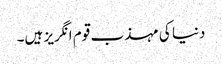
دنیا کی مہذب قوم انگریز ہیں۔